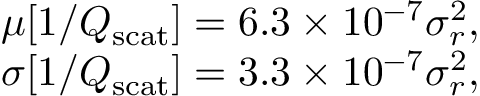
\begin{array} { r } { \mu [ 1 / Q _ { \mathrm { s c a t } } ] = 6 . 3 \times 1 0 ^ { - 7 } \sigma _ { r } ^ { 2 } , } \\ { \sigma [ 1 / Q _ { \mathrm { s c a t } } ] = 3 . 3 \times 1 0 ^ { - 7 } \sigma _ { r } ^ { 2 } , } \end{array}